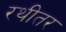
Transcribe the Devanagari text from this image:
रथीतर